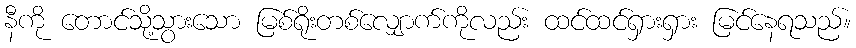
နီကို တောင်သို့သွားသော မြစ်ရိုးတစ်လျှောက်ကိုလည်း ထင်ထင်ရှားရှား မြင်နေရသည်။